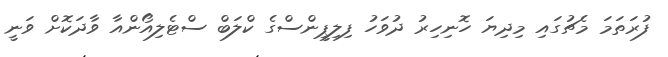
ފުރަތަމަ މެޗުގައި މިދިޔަ ހޮނިހިރު ދުވަހު ފިލިޕީންސްގެ ކްލަބް ސްޓެލިއޯންއާ ވާދަކޮށް ވަނީ